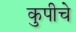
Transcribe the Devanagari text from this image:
कुपीचे